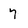
Character: 7